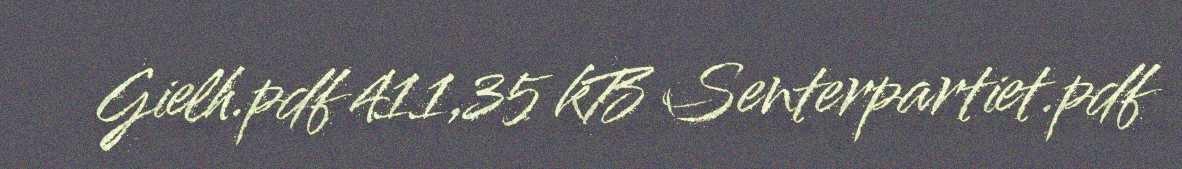
Gielh.pdf 411,35 kB Senterpartiet.pdf